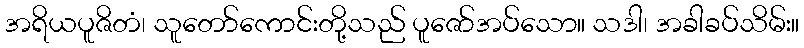
အရိယပူဇိတံ၊ သူတော်ကောင်းတို့သည် ပူဇော်အပ်သော။ သဒါ၊ အခါခပ်သိမ်း။